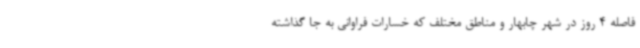
فاصله 4 روز در شهر چابهار و مناطق مختلف که خسارات فراوانی به جا گذاشته